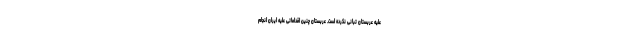
علیه عربستان تبانی نکرده است. عربستان چنین اقداماتی علیه ایران انجام